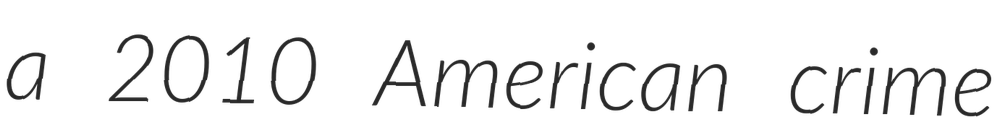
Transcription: a 2010 American crime